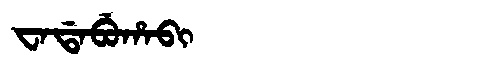
Manchu: ᠸᠠᡩᠠᠪᡠᡥᠠᠪᡳ
Romanization: WADABUHABI